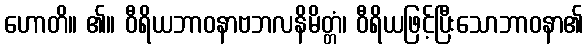
ဟောတိ။ ၏။ ဝီရိယဘာဝနာဗဘလနိမိတ္တံ၊ ဝီရိယဖြင့်ပြီးသောဘာဝနာ၏